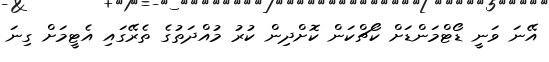
އޭނަ ވަނީ ޑޯޓްމަންޑަށް ކޯޗްކަން ކޮށްދިން ކުރު މުއްދަތުގެ ތެރޭގައި އެޓީމަށް ގިނަ